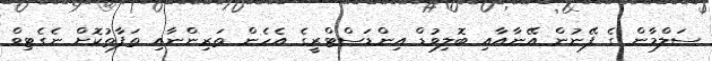
ސަލްމާން ގެ ފޭނުން އޭނާއާއި ބޮލިވުޑް އިންޑަސްޓްރީގެ އެހެން ތަރިންނާއި ތަފާތުކޮށް ނެގެޓިވް